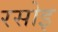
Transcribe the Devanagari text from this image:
रसोइ